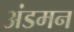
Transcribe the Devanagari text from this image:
अंडमन